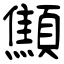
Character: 顦